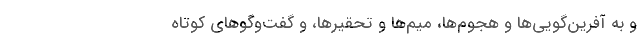
و به آفرین‌گویی‌ها و هجوم‌ها، میم‌ها و تحقیرها، و گفت‌وگوهای کوتاه